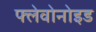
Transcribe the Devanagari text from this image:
फ्लेवोनोइड